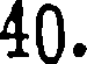
40.